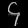
Digit: ၄